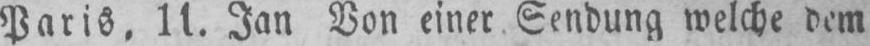
Paris. 11. Jan Von einer Sendung welche dem